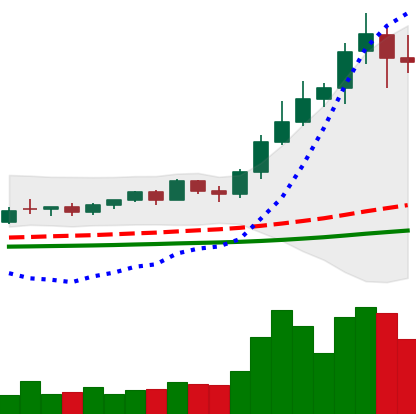
Ticker: NEO-USD
Chart end date: 2021-02-16
Forward return: 33.327%
Label: up_7plus